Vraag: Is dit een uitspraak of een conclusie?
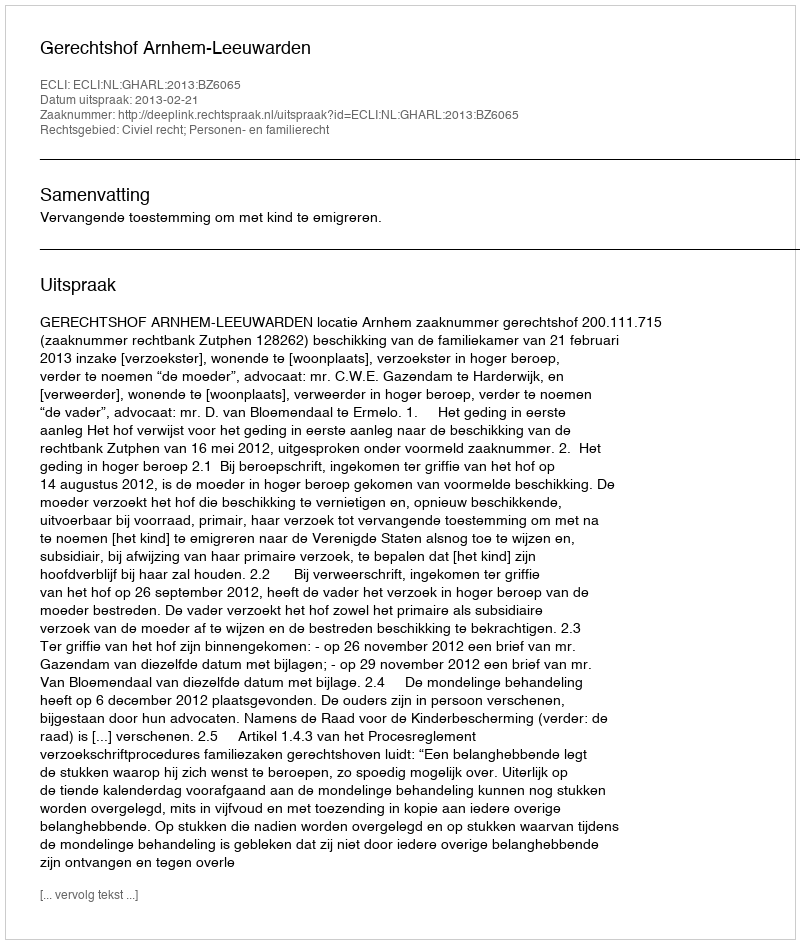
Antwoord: Uitspraak